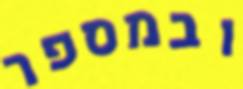
ובמספר